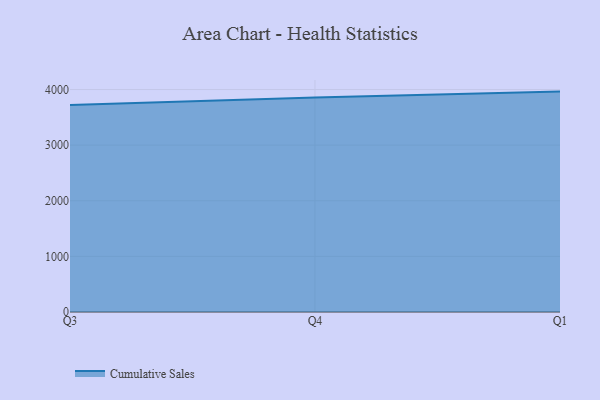
{"axis": {"x": "Quarter", "y": "Temperature (°C)"}, "legend": ["Cumulative Sales"], "data": [{"x": "Q3", "y": 3720.2, "type": "Cumulative Sales"}, {"x": "Q4", "y": 3856.3, "type": "Cumulative Sales"}, {"x": "Q1", "y": 3962.6, "type": "Cumulative Sales"}]}